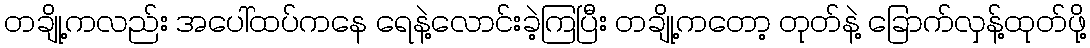
တချို့ကလည်း အပေါ်ထပ်ကနေ ရေနဲ့လောင်းခဲ့ကြပြီး တချို့ကတော့ တုတ်နဲ့ ခြောက်လှန့်ထုတ်ဖို့